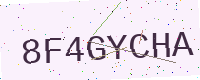
Text: 8F4GYCHA